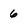
Character: 6